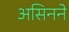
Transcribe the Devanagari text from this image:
असिनने